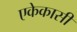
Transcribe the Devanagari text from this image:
एकेकासी